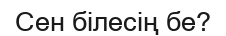
Сен білесің бе?